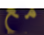
مع